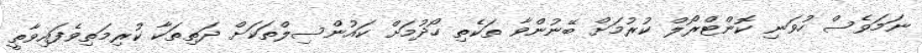
ނަމަވެސް ހުވަނި ކޮންޓްރޯލް ކުރުމަށް ބޭނުންވާ ތަކެތި ހޯދުމަށް ކައުންސިލްތަކަށް ދަތިތަކާ ކުރިމަތިވެފައިވާތީ